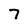
Character: 7